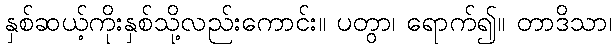
နှစ်ဆယ့်ကိုးနှစ်သို့လည်းကောင်း။ ပတွာ၊ ရောက်၍။ တာဒိသာ၊